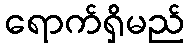
ရောက်ရှိမည်